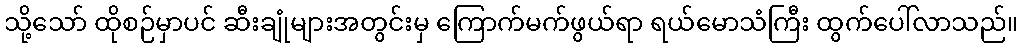
သို့သော် ထိုစဉ်မှာပင် ဆီးချုံများအတွင်းမှ ကြောက်မက်ဖွယ်ရာ ရယ်မောသံကြီး ထွက်ပေါ်လာသည်။